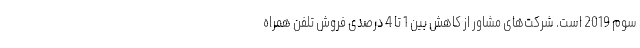
سوم 2019 است. شرکت‌های مشاور از کاهش بین 1 تا 4 درصدی فروش تلفن همراه